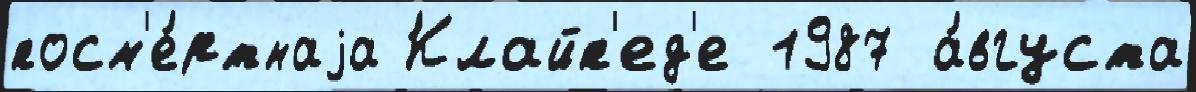
посм'е́ртнаjа Клайп'ед'е 1987 а́вгуста